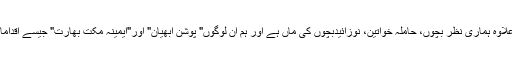
انہوں نے کہا کہ اس کے علاوہ ہماری نظر بچوں، حاملہ خواتین، نوزائیدبچوں کی ماں ہے اور ہم ان لوگوں" پوشن ابھیان" اور"ایمینہ مکت بھارت" جیسے اقدامات سے مضوط بناتے ہیں ۔